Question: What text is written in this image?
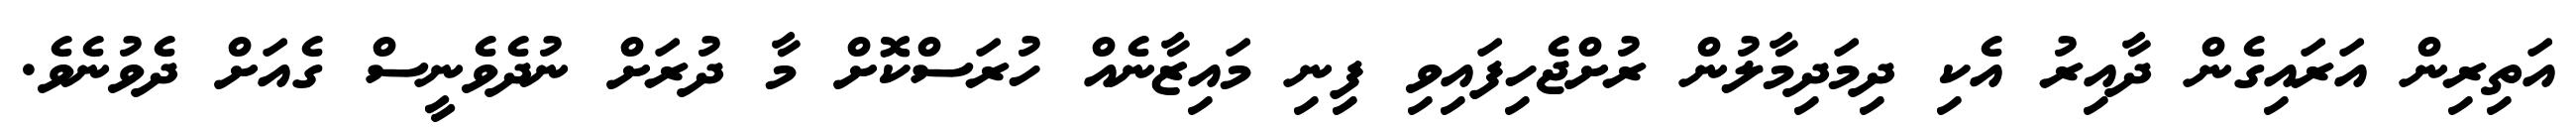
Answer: އަތިރިން އަރައިގެން ދާއިރު އެކި ދިމަދިމާލުން ރުށްޖެހިފައިވި ފިނި މައިޒާނެއް ހުރަސްކޮށް މާ ދުރަށް ނުދެވެނީސް ގެއަށް ދެވުނެވެ.